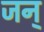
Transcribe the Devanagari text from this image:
जन्‌